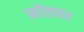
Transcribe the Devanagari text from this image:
मॉलवर